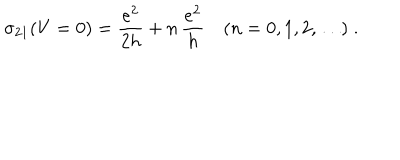
\sigma _ { 2 1 } ( V = 0 ) = \frac { e ^ { 2 } } { 2 h } + n \, \frac { e ^ { 2 } } { h } \quad ( n = 0 , 1 , 2 , \ldots ) \; .